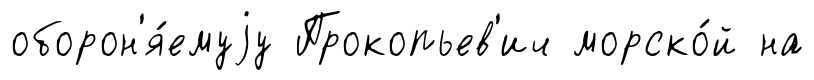
оборон'я́емуjу Прокопьев'ич морско́й на